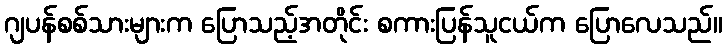
ဂျပန်စစ်သားများက ပြောသည့်အတိုင်း စကားပြန်သူငယ်က ပြောလေသည်။